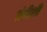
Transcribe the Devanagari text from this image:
तंगीशी